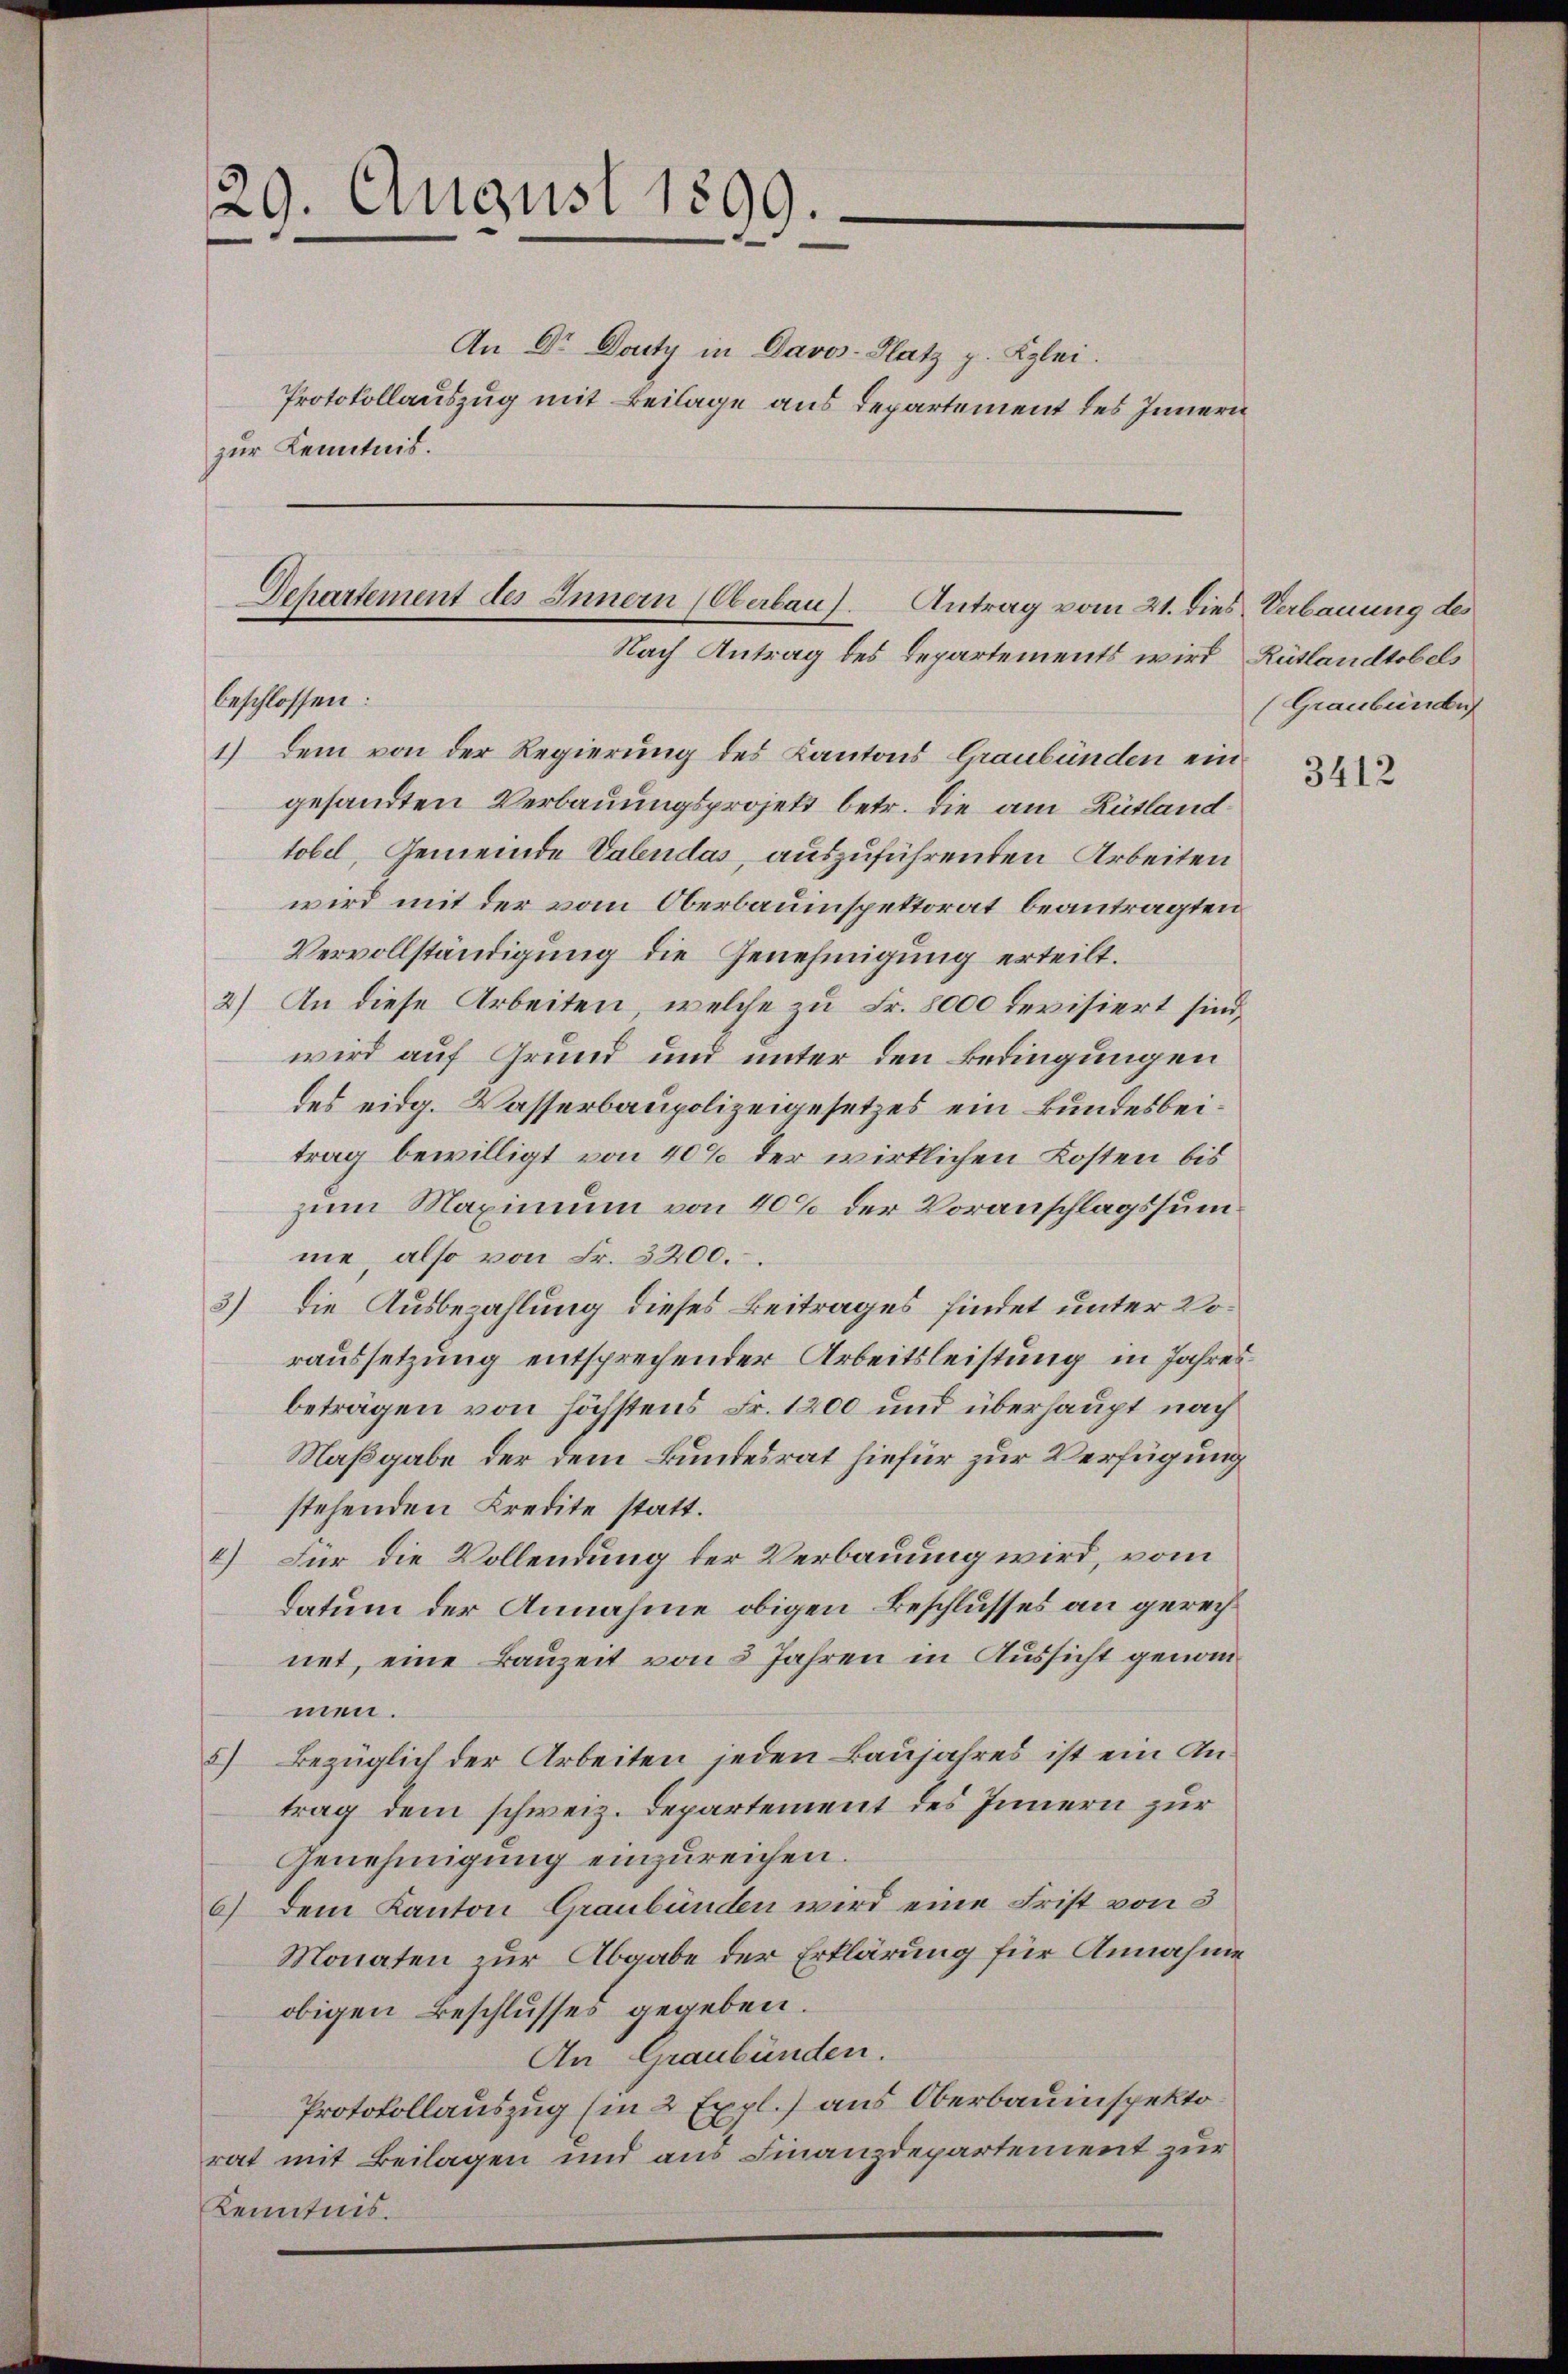
29. August 1899.

An Dr Dounty in Davos- Platz p. Kzlei.
Protokollauszug mit Beilage aus Departement des Innern
zur Kenntnis.

Dehartement des Innern (Oberbau. Antrag vom 21. dies Verbauung des
Nach Antrag des Departements wird Rütlandtobels

beschlossen:
1.) Dem von der Regierung des Kantons Graubünden ein
gesandten Verbauungsprojekt betr. die am Rütlandtobel, Gemeinde Valendas, auszuführenden Arbeiten
wird mit der vom Oberbauinspektorat beantragten
Vervollständigung die Genehmigung erteilt.
2.) An diese Arbeiten, welche zu Fr. 8000 devisiert sind,
wird auf Grund und unter den Bedingungen
des eidg. Wasserbaupolizeigesetzes ein Bundesbeitrag bewilligt von 40% der wirklichen Kosten bis
zum Maximum von 40% der Voranschlagssumme, also von Fr. 3200.
3) Die Ausbezahlung dieses Beitrages findet unter Voraussetzung entsprechender Arbeitsleistung in Jahres
beträgen von höchstens Fr. 1200 und überhaupt nach
Naßgabe der dem Bundesrat hiefür zur Verfügung
stehenden Kredite statt.
4) Für die Vollendung der Verbauung wird, vom
datum der Annahme obigen Beschlusses an gerechnet, eine Bauzeit von 3 Jahren in Aussicht genommen.
2) Bezüglich der Arbeiten jeden Baujahres ist ein Antrag dem schweiz. Departement des Innern zur
Genehmigung einzureichen.
6) dem Kanton Graubünden wird eine Frist von 3
Monaten zur Abgabe der Erklärung für Annahme
obigen Beschlusses gegeben.
An Graubünden.
Protokollauszug (in 2 Expl.) aus Oberbauinspekto
rat mit Beilagen und aus Finanzdepartement zur
Kenntnis.

(Graubündet

3412